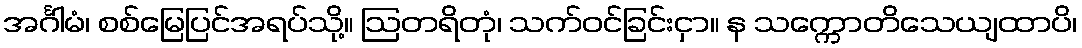
အင်္ဂါမံ၊ စစ်မြေပြင်အရပ်သို့။ ဩတရိတုံ၊ သက်ဝင်ခြင်းငှာ။ န သက္ကောတိသေယျထာပိ၊